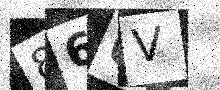
Text: 860V